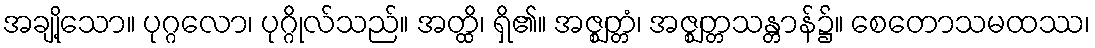
အချို့သော။ ပုဂ္ဂလော၊ ပုဂ္ဂိုလ်သည်။ အတ္ထိ၊ ရှိ၏။ အဇ္ဈတ္တံ၊ အဇ္ဈတ္တသန္တာန်၌။ စေတောသမထဿ၊